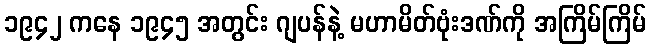
၁၉၄၂ ကနေ ၁၉၄၅ အတွင်း ဂျပန်နဲ့ မဟာမိတ်ဗုံးဒဏ်ကို အကြိမ်ကြိမ်